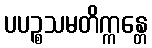
ပပဉ္စသမတိက္ကန္တေ